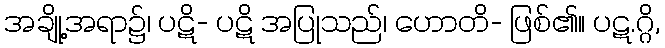
အချို့အရာ၌၊ ပဋိ- ပဋိ အပြုသည်၊ ဟောတိ- ဖြစ်၏။ ပဋ.ဂ္ဂိ,